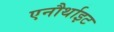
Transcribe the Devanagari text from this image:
एनौर्थाइट